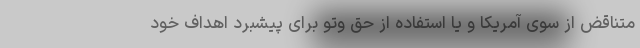
متناقض از سوی آمریکا و یا استفاده از حق وتو برای پیشبرد اهداف خود